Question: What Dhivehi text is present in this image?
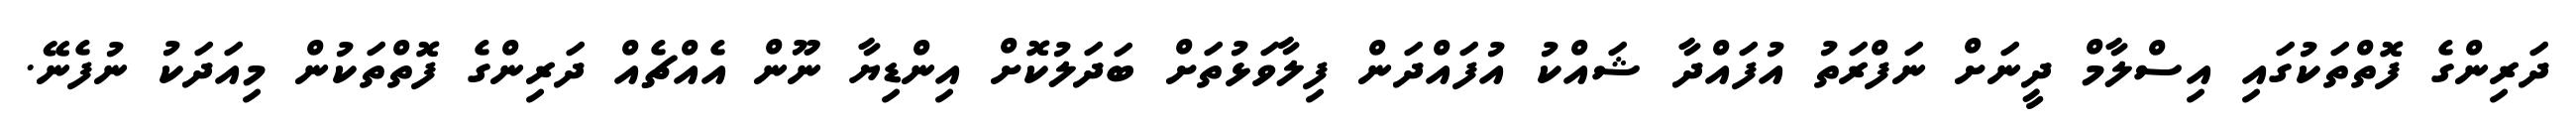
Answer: ދަރިންގެ ފޮތްތަކުގައި އިސްލާމް ދީނަށް ނަފްރަތު އުފައްދާ ޝައްކު އުފައްދަން ފިލާވަޅުތަށް ބަދަލުކޮށް އިންޑިޔާ ނޫން އެއްޗެއް ދަރިންގެ ފޮތްތަކުން މިއަދަކު ނުފެނޭ.